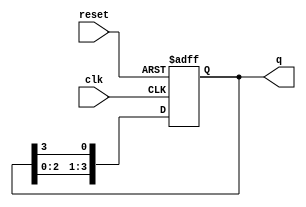
module ring_counter (
    input wire clk,         // Clock signal
    input wire reset,       // Asynchronous reset signal
    output reg [n-1:0] q    // Output of the ring counter
);
    parameter n = 4;        // Number of flip-flops (adjust as needed)

    always @(posedge clk or posedge reset) begin
        if (reset) begin
            q <= 1'b1;      // Initialize the counter to 000...001
        end else begin
            q <= {q[n-2:0], q[n-1]}; // Shift the bits to the right
        end
    end
endmodule